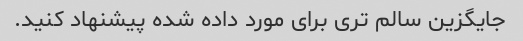
جایگزین سالم تری برای مورد داده شده پیشنهاد کنید.